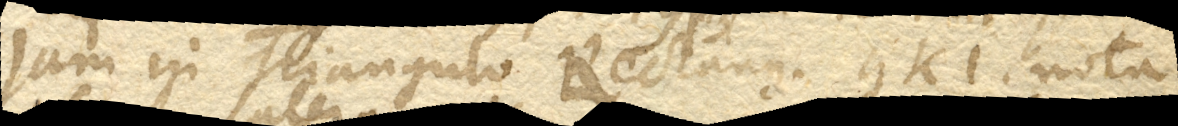
Jam in Triangulo Rectang. gki. nota